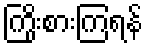
ကြိုးစားကြရန်